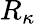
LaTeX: R_{\kappa}